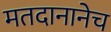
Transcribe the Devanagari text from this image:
मतदानानेच